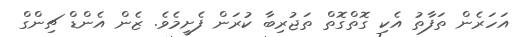
އަހަރެން ތަފާތު އެކި ގޮތްގޮތް ތަޖުރިބާ ކުރަން ފެށީމެވެ. ޒެން އެންޑް ޗިންގް